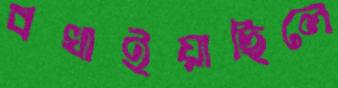
বখাইয়াছিলে